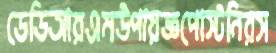
ডেডিআরএমউপায়জ্ঞপোস্টনিরস